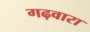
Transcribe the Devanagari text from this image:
गढ़वारा